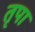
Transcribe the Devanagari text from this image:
तृपा